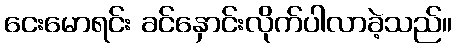
ငေးမောရင်း ခင်နှောင်းလိုက်ပါလာခဲ့သည်။